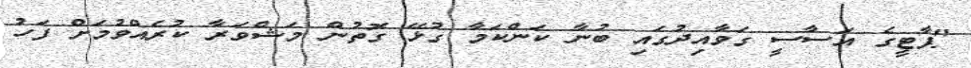
"ޕާޓީގެ އަސާސީ ގަވާއިދުގައި ބުނާ ކަންކަމާ ގުޅޭ ގޮތުން މަޝްވަރާ ކުރެއްވުމަށް ފަހު